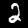
Digit: 2